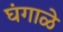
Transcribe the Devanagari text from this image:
घंगाळे